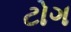
ટોગ